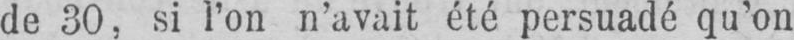
de 30, si l’on n’avait été persuadé qu’on